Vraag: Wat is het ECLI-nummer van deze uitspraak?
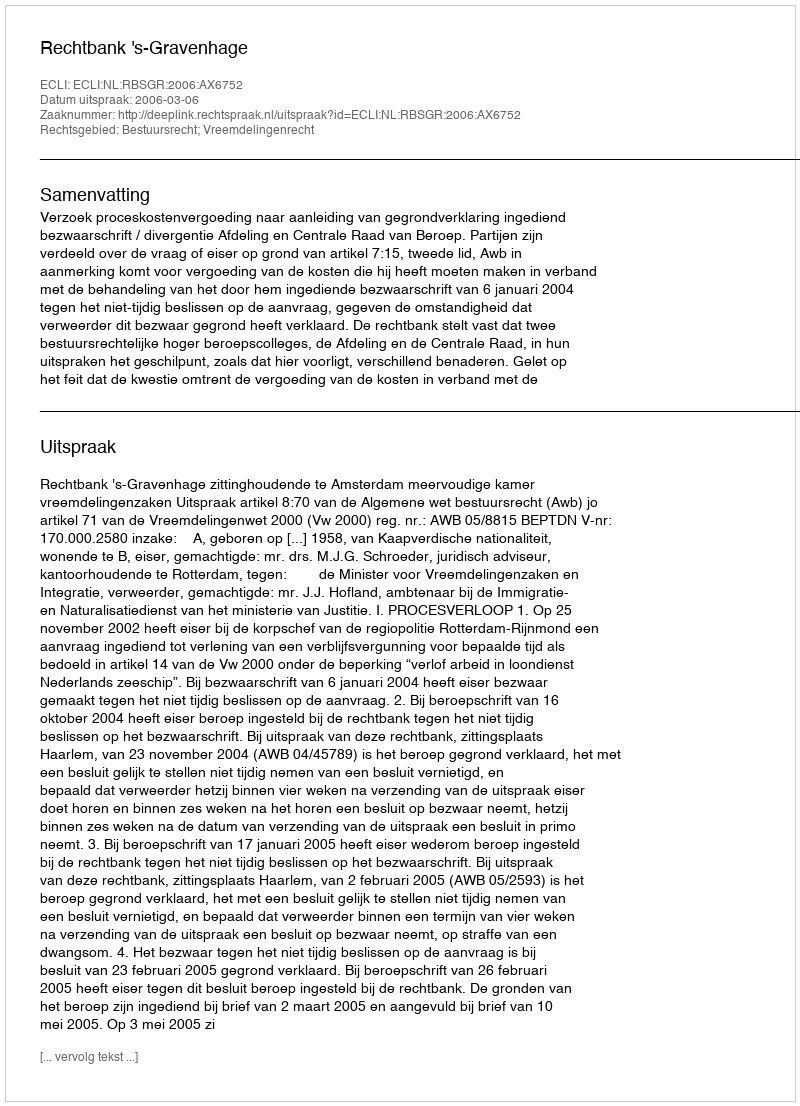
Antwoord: ECLI:NL:RBSGR:2006:AX6752